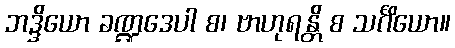
ဘဒ္ဒိယော ခဏ္ဍဒေပါ စ၊ ဗာဟုရန္တိ စ သင်္ဂိယော။